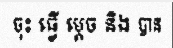
ចុះ ធ្វើ ម្តេច និង បាន